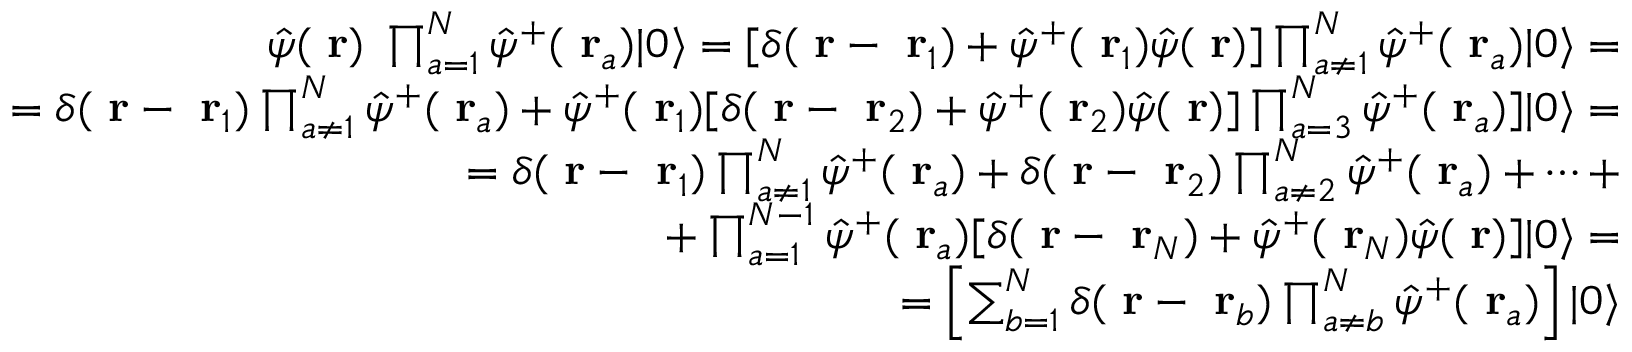
\begin{array} { r l r } & { } & { \hat { \psi } ( \mathrm { \bf ~ r } ) \; \prod _ { a = 1 } ^ { N } \hat { \psi } ^ { + } ( \mathrm { \bf ~ r } _ { a } ) | 0 \rangle = [ \delta ( \mathrm { \bf ~ r } - \mathrm { \bf ~ r } _ { 1 } ) + \hat { \psi } ^ { + } ( \mathrm { \bf ~ r } _ { 1 } ) \hat { \psi } ( \mathrm { \bf ~ r } ) ] \prod _ { a \ne 1 } ^ { N } \hat { \psi } ^ { + } ( \mathrm { \bf ~ r } _ { a } ) | 0 \rangle = } \\ & { } & { = \delta ( \mathrm { \bf ~ r } - \mathrm { \bf ~ r } _ { 1 } ) \prod _ { a \ne 1 } ^ { N } \hat { \psi } ^ { + } ( \mathrm { \bf ~ r } _ { a } ) + \hat { \psi } ^ { + } ( \mathrm { \bf ~ r } _ { 1 } ) [ \delta ( \mathrm { \bf ~ r } - \mathrm { \bf ~ r } _ { 2 } ) + \hat { \psi } ^ { + } ( \mathrm { \bf ~ r } _ { 2 } ) \hat { \psi } ( \mathrm { \bf ~ r } ) ] \prod _ { a = 3 } ^ { N } \hat { \psi } ^ { + } ( \mathrm { \bf ~ r } _ { a } ) ] | 0 \rangle = } \\ & { } & { = \delta ( \mathrm { \bf ~ r } - \mathrm { \bf ~ r } _ { 1 } ) \prod _ { a \ne 1 } ^ { N } \hat { \psi } ^ { + } ( \mathrm { \bf ~ r } _ { a } ) + \delta ( \mathrm { \bf ~ r } - \mathrm { \bf ~ r } _ { 2 } ) \prod _ { a \ne 2 } ^ { N } \hat { \psi } ^ { + } ( \mathrm { \bf ~ r } _ { a } ) + \dots + } \\ & { } & { + \prod _ { a = 1 } ^ { N - 1 } \hat { \psi } ^ { + } ( \mathrm { \bf ~ r } _ { a } ) [ \delta ( \mathrm { \bf ~ r } - \mathrm { \bf ~ r } _ { N } ) + \hat { \psi } ^ { + } ( \mathrm { \bf ~ r } _ { N } ) \hat { \psi } ( \mathrm { \bf ~ r } ) ] | 0 \rangle = } \\ & { } & { \; \; \; \; \; \; \; \; \; \; \; \; \; \; \; \; \; \; \; \; \; = \left[ \sum _ { b = 1 } ^ { N } \delta ( \mathrm { \bf ~ r } - \mathrm { \bf ~ r } _ { b } ) \prod _ { a \ne b } ^ { N } \hat { \psi } ^ { + } ( \mathrm { \bf ~ r } _ { a } ) \right] | 0 \rangle } \end{array}